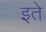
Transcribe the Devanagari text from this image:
इते